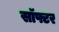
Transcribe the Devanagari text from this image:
सॉफ्टर